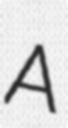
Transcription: A